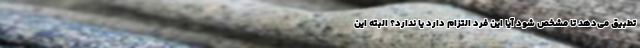
تطبیق می‌دهد تا مشخص شود آیا این فرد التزام دارد یا ندارد؟ البته این